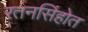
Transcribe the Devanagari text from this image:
रतनसिंहोत